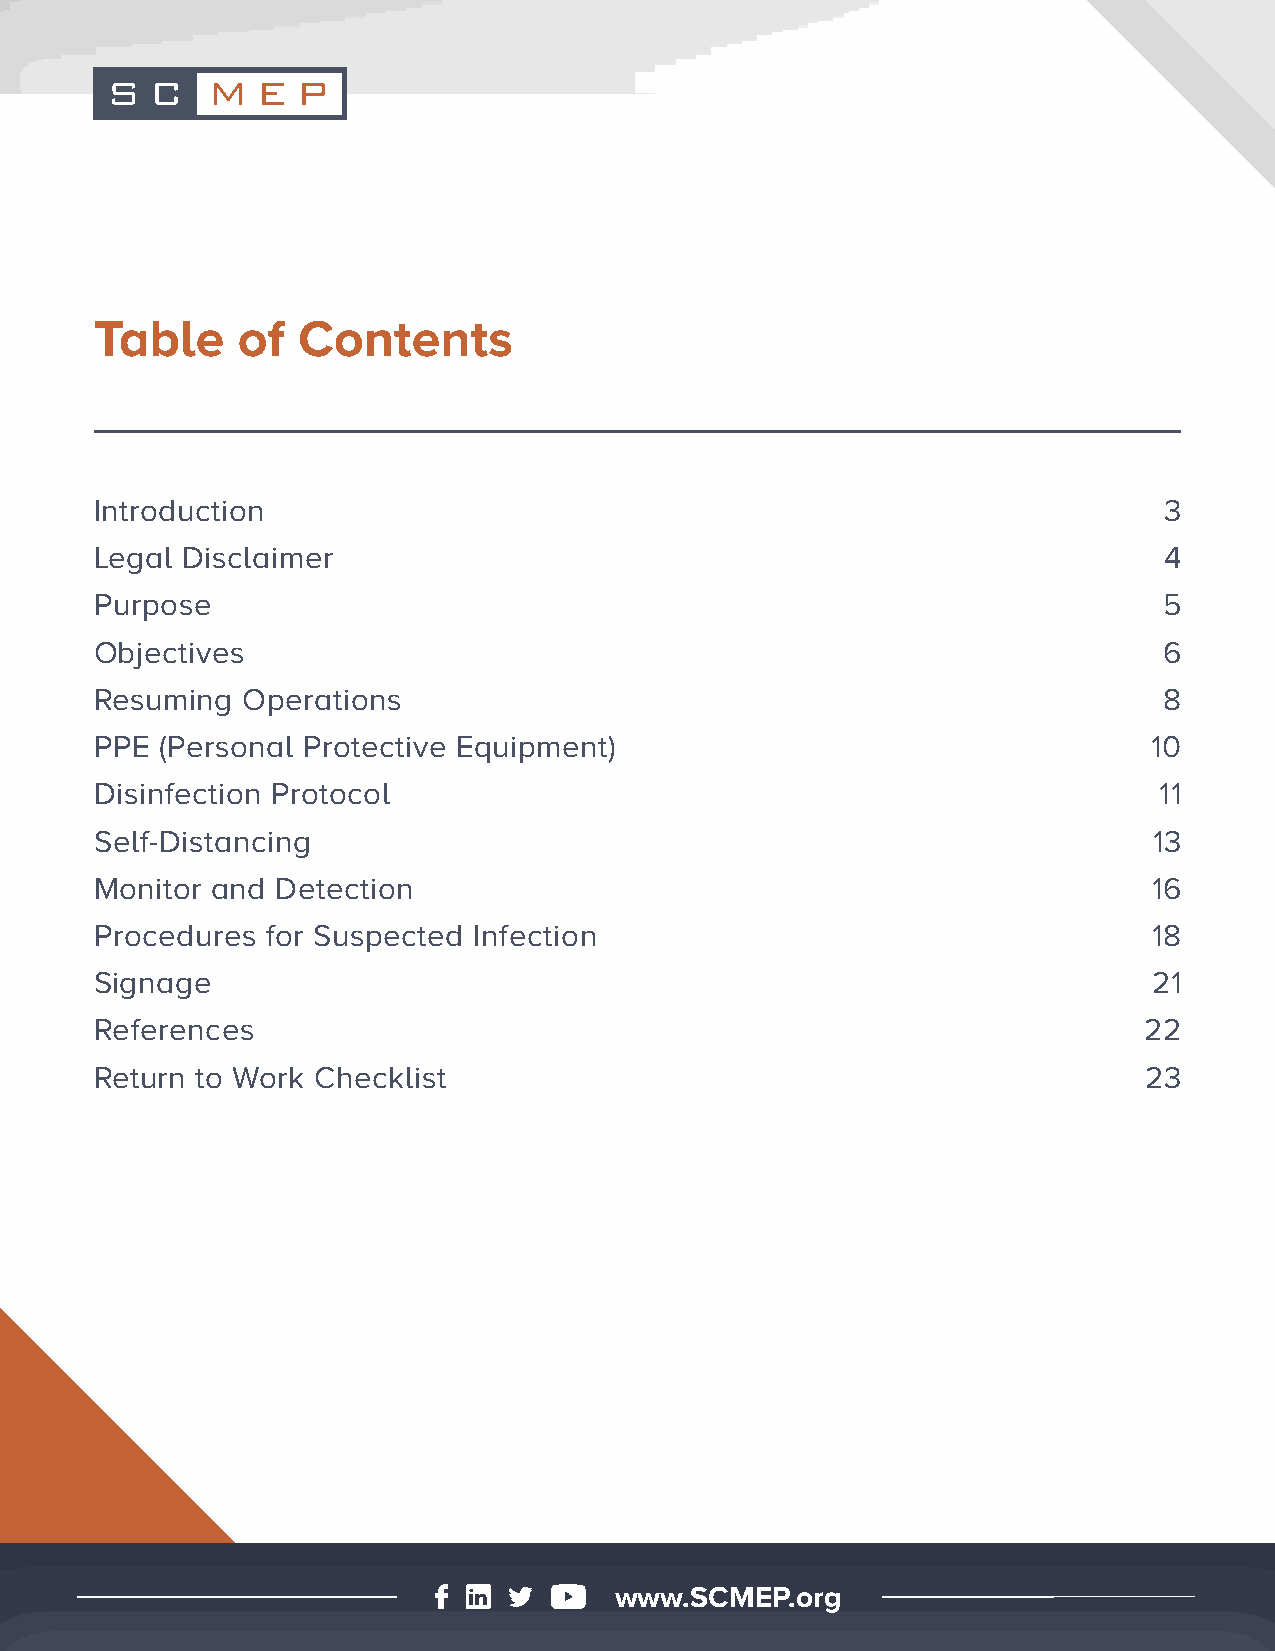
Table     of  Contents
 Introduction                                                           3
 Legal Disclaimer                                                       4
 Purpose                                                                5
 Objectives                                                             6
 Resuming  Operations                                                   8
 PPE  (Personal Protective Equipment)                                  10
 Disinfection Protocol                                                  11
 Self-Distancing                                                       13
 Monitor and Detection                                                 16
 Procedures  for Suspected Infection                                   18
 Signage                                                               21
 References                                                            22
 Return to Work Checklist                                              23
 www.SCMEP.org